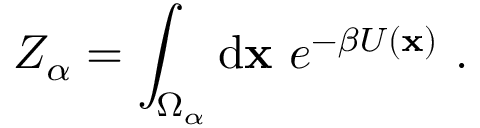
Z _ { \alpha } = \int _ { \Omega _ { \alpha } } \mathrm { d } \mathbf { x } \ e ^ { - \beta U ( \mathbf { x } ) } \ .